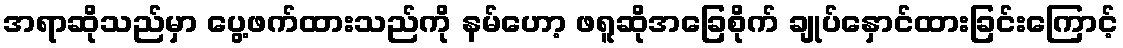
အရာဆိုသည်မှာ ပွေ့ဖက်ထားသည်ကို နမ်ဟော့ ဖရူဆိုအခြေစိုက် ချုပ်နှောင်ထားခြင်းကြောင့်